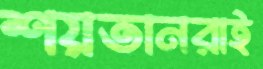
শয়তানরাই